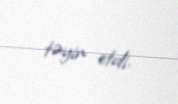
təyin etdi.